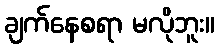
ချက်နေစရာ မလိုဘူး။